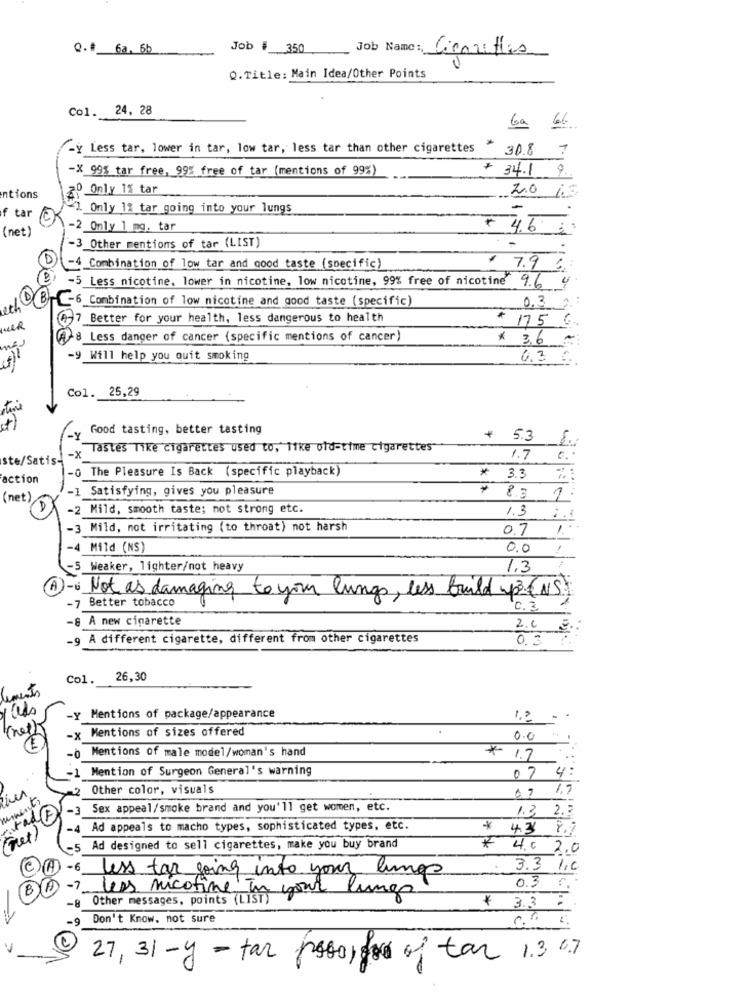
Q.# 6a, 6b
Job : 350
Job Name : Cigarettes
Q.Title: Main Idea/Other Points
Col. 24, 28
6a 66
- Less tar, lower in tar, low tar, less tar than other cigarettes - 30.8 7
-X 995 tar free, 99% free of tar (mentions of 99%)
+ 34.1 9.
20 Only 1% tar
ntions
2.0 12
1. Only 12 tar going into your lungs
-
f tar (E)
(net)
-2_Only 1 mg, tar
+ 4.6 2
-3 Other mentions of tar (LIST)
-
-4 Combination of low tar and good taste (specific)
$ 7.9 5
2 -5 Less nicotine. lower in nicotine, low nicotine, 99% free of nicotine 9.6 4
DB-C-6_Combination of low nicotine and good taste (specific)
ech
0.3.g. :
07 Better for your health, less dangerous to health
* 175 G.
A8 Less danger of cancer (specific mentions of cancer)
$ 3.6
-9 Will help you quit smoking
6.3 €
Col. 25,29
Good tasting, better tasting
-
+ 5.3
-x Tastes like cigarettes used to, like old-time cigarettes
ste/Satis-
1.7
6.
-0 The Pleasure Is Back (specific playback)
action
* 3.3
%
-1 Satisfying, gives you pleasure
(net)
# 8.5 1
-2 Mild, smooth taste; not strong etc.
1.3 :1
-3 Mild, not irritating (to throat) not harsh
0.7/
Mild (NS)
0.0
Weaker, lighter/not heavy
1.3
- Not as damaging to your lungs, less build upo( S.
-7 Better tobacco
c. 3.
-8 A new cigarette
2.0 2.
-9 A different cigarette, different from other cigarettes
0. 3 7.
Col.
26,30
liments
-y Mentions of package/appearance
12 -
knet)
-x Mentions of sizes offered
0.0
- Mentions of male model/woman's hand
* 1.7
-1 Mention of Surgeon General's warning
07
4:
Other color, visuals
07 4.7
-3
Sex appeal/smoke brand and you'll get women, etc.
1.3 2.3
Ad appeals to macho types, sophisticated types, etc.
* 4.3 8.9
net
-5 Ad designed to sell cigarettes, make you buy brand
* 4.0 2.0
-6 less tar going into your lungs
3.3 1,0
0.3 .
-7 less nicotine In
8 Other messages, points (Ist) your lungs
₭ 3.3 ..
Don't Know. not sure
V
27, 31-y -tan paso,for of tan 1.3 0.7